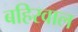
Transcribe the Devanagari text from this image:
बहिरवाल